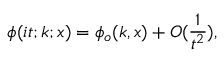
\phi ( i t ; k ; x ) = \phi _ { o } ( k , x ) + O ( \frac { 1 } { t ^ { 2 } } ) ,